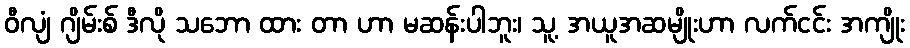
ဝီလျံ ဂျိမ်းစ် ဒီလို သဘော ထား တာ ဟာ မဆန်းပါဘူး၊ သူ့ အယူအဆမျိုးဟာ လက်ငင်း အကျိုး